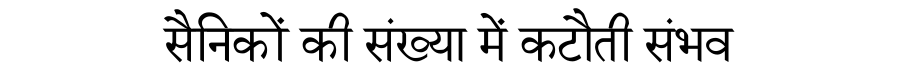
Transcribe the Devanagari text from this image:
सैनिकों की संख्या में कटौती संभव